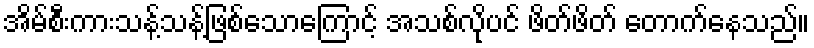
အိမ်စီးကားသန့်သန့်ဖြစ်သောကြောင့် အသစ်လိုပင် ဖိတ်ဖိတ် တောက်နေသည်။